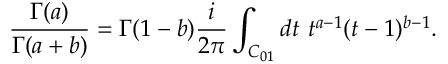
\frac { \Gamma ( a ) } { \Gamma ( a + b ) } = \Gamma ( 1 - b ) \frac { i } { 2 \pi } \int _ { { \cal C } _ { 0 1 } } d t \ t ^ { a - 1 } ( t - 1 ) ^ { b - 1 } .